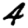
Digit: 4